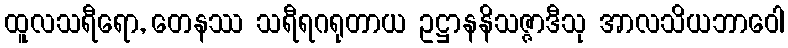
ထူလသရီရော, တေနဿ သရီရဂရုတာယ ဥဋ္ဌာနနိသဇ္ဇာဒီသု အာလသိယဘာဝေါ